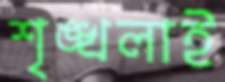
শৃঙ্খলাই